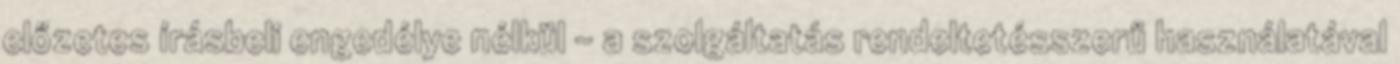
előzetes írásbeli engedélye nélkül – a szolgáltatás rendeltetésszerű használatával